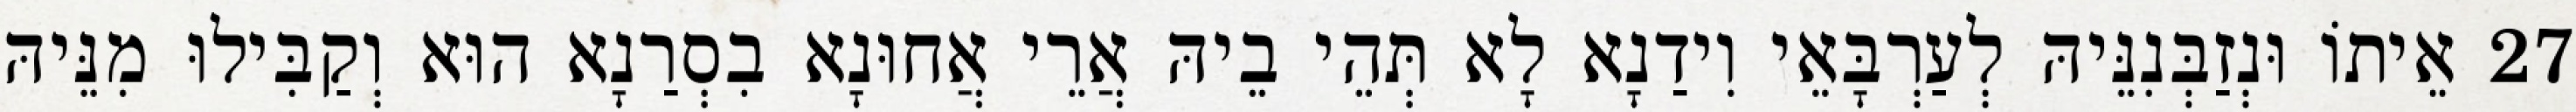
27 אֵיתוֹ וּנְזַבְּנִנֵּיהּ לְעַרְבָּאֵי וִידַנָא לָא תְּהֵי בֵיהּ אֲרֵי אֲחוּנָא בִסְרַנָא הוּא וְקַבִּילוּ מִנֵּיהּ